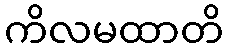
ကိလမထာတိ